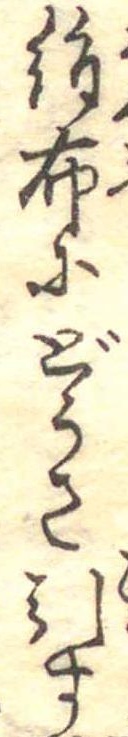
絹布にどうさ引す